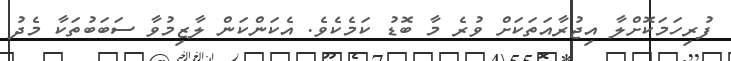
ފުރިހަމަކޮށްލާ އިޖުރާއަތަކަށް ވުރެ މާ ބޮޑު ކަމެކެވެ. އެކަންކަން ލާޒިމުވާ ސަބަބުތަކާ މެދު